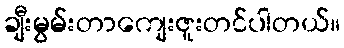
ချီးမွမ်းတာကျေးဇူးတင်ပါတယ်။